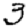
Digit: 3